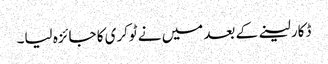
ڈکار لینے کے بعد میں نے ٹوکری کا جائزہ لیا۔